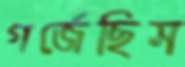
গর্জেছিস